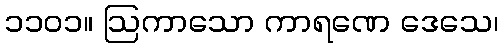
၁၁၀၁။ ဩကာသော ကာရဏေ ဒေသေ၊